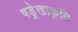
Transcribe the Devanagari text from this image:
षड्रेखाकृति